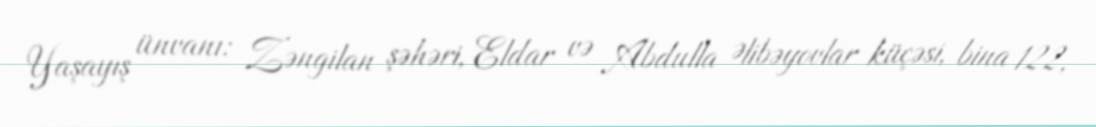
Yaşayış ünvanı: Zəngilan şəhəri, Eldar və Abdulla Əlibəyovlar küçəsi, bina 122,